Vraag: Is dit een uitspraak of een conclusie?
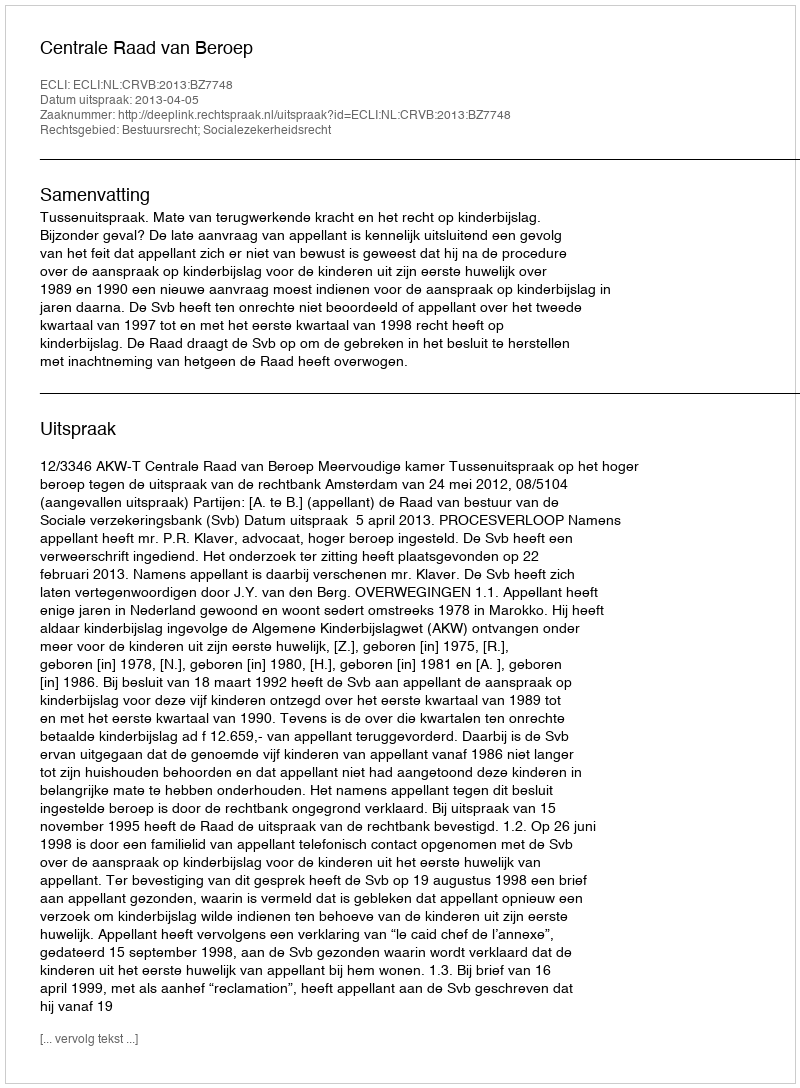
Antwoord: Uitspraak